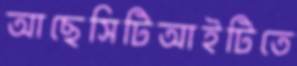
আছেসিটিআইটিতে